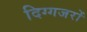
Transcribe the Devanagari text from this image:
दिग्गजरों